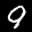
Label: 9